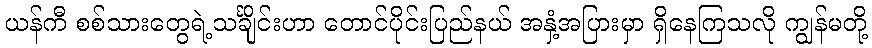
ယန်ကီ စစ်သားတွေရဲ့သင်္ချိုင်းဟာ တောင်ပိုင်းပြည်နယ် အနှံ့အပြားမှာ ရှိနေကြသလို ကျွန်မတို့